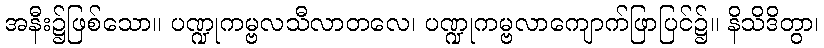
အနီး၌ဖြစ်သော။ ပဏ္ဍုကမ္ဗလသီလာတလေ၊ ပဏ္ဍုကမ္ဗလာကျောက်ဖြာပြင်၌။ နိသိဒိတွာ၊